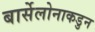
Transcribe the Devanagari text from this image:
बार्सेलोनाकडुन